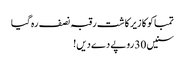
تمباکو کا زیر کاشت رقبہ نصف رہ گیا
سنیں 30 روپے دے دیں!